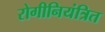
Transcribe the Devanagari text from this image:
रोगीनियंत्रित